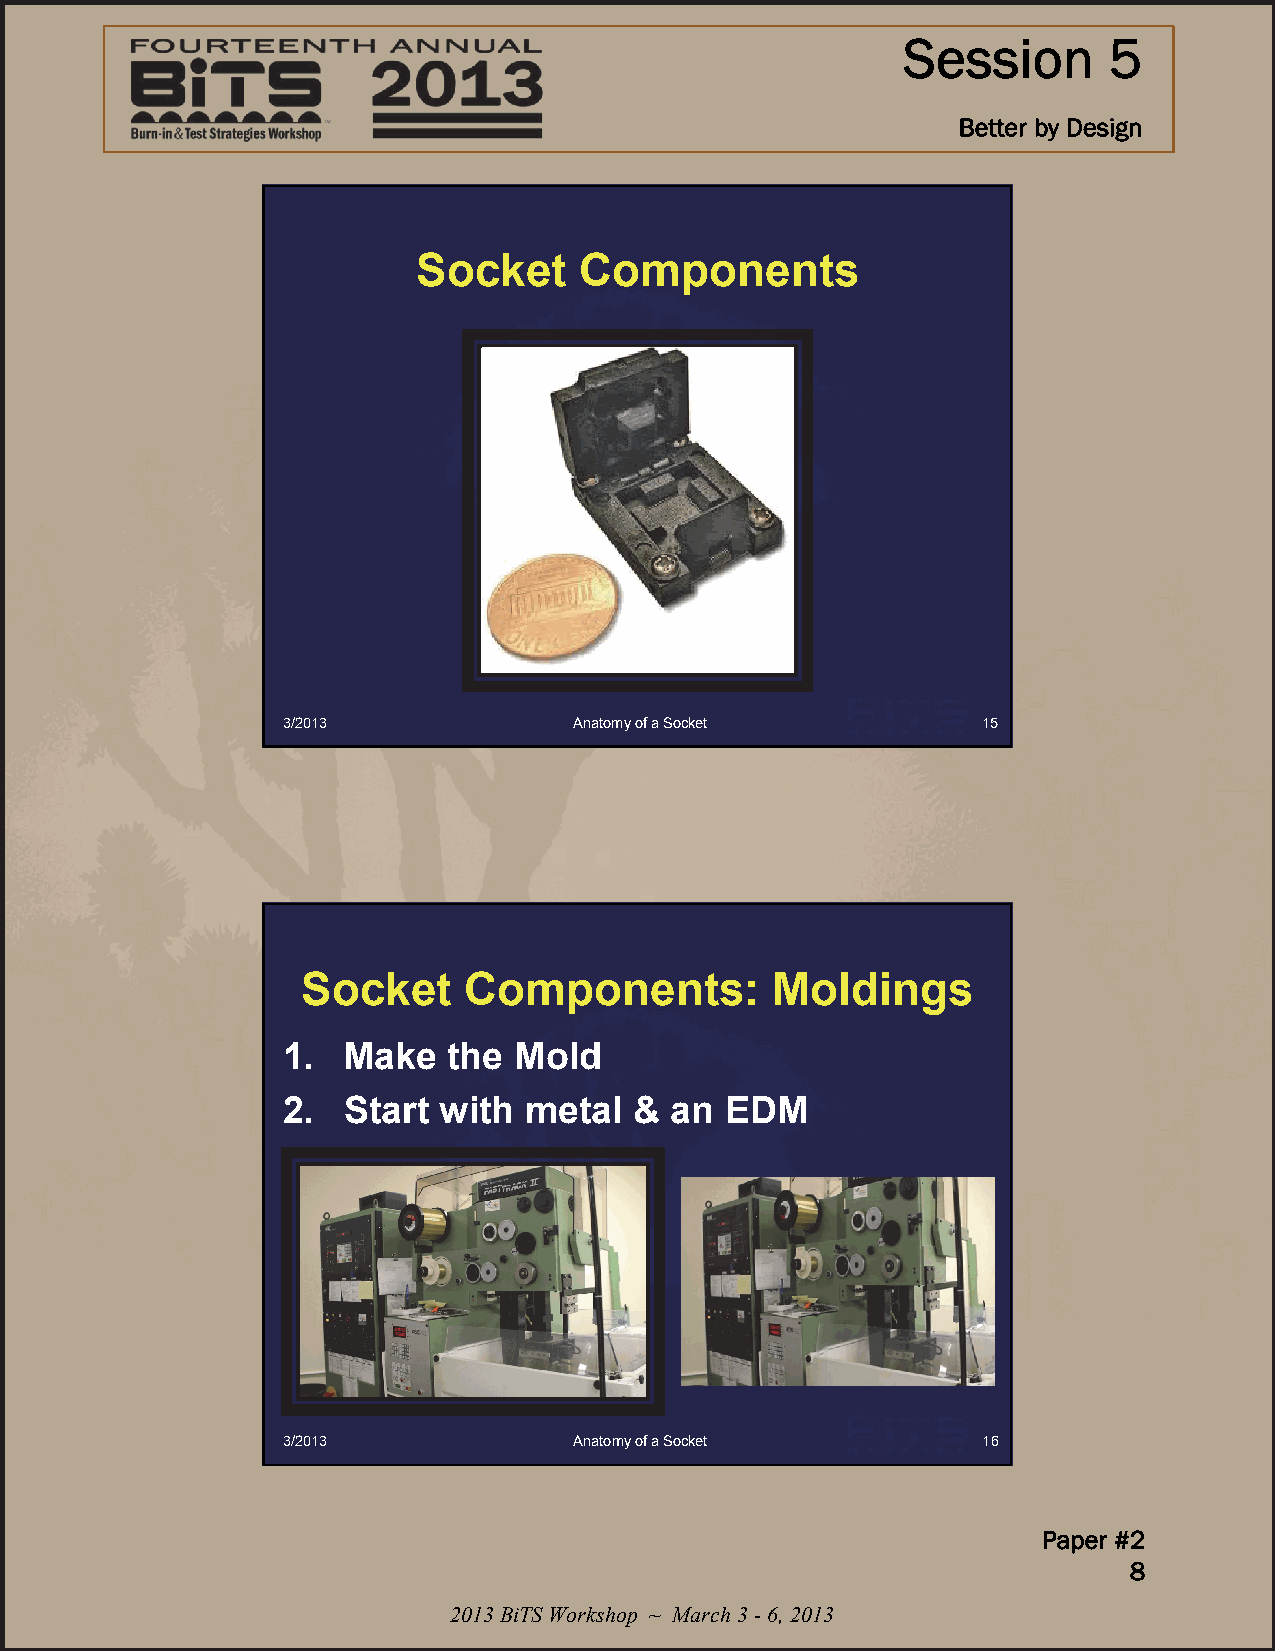
Session      5
 Better by Design
 Socket    Components
 3/2013             Anatomy of a Socket        15
 Socket     Components:         Moldings
 1.  Make   the Mold
 2.  Start with  metal  & an  EDM
 3/2013             Anatomy of a Socket        16
 Paper #2
 8
 2013 BiTS Workshop ~ March 3 -6, 2013